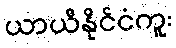
ယာယီနိုင်ငံကူး